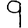
Digit: 9